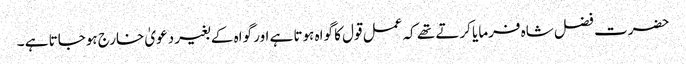
حضرت فضل شاہ فرمایا کرتے تھے کہ عمل قول کا گواہ ہوتا ہے اور گواہ کے بغیر دعویٰ خارج ہوجاتا ہے ۔